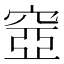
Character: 𥦳